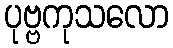
ပုဗ္ဗကုသလော